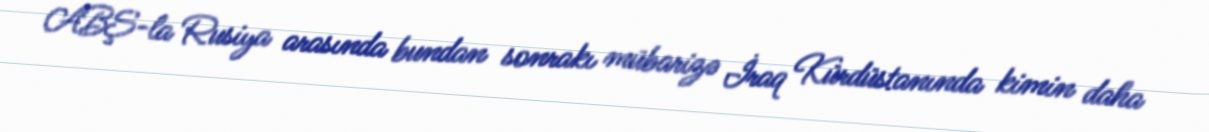
ABŞ-la Rusiya arasında bundan sonrakı mübarizə İraq Kürdüstanında kimin daha